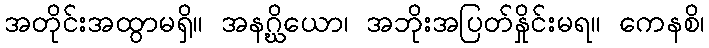
အတိုင်းအထွာမရှိ။ အနဂ္ဃိယော၊ အဘိုးအပြတ်နှိုင်းမရ။ ကေနစိ၊